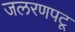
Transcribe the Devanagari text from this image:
जलरणपटू